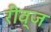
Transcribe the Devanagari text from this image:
रीव्ज